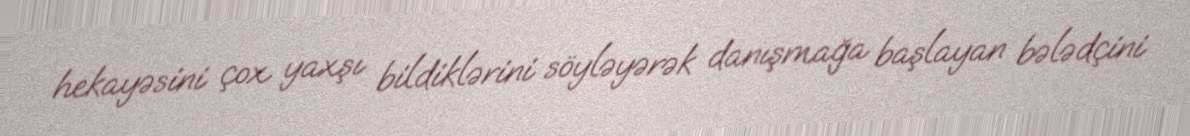
hekayəsini çox yaxşı bildiklərini söyləyərək danışmağa başlayan bələdçini